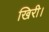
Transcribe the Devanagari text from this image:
खिरी।